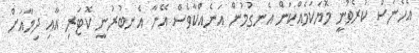
އެހެނަސް ކުރެވުނީ މޮޔަކަމެއްކަން އެނގުމުން އަނެއްކާވެސް އޭނާ އެނބުރުނީ ކޮޓަރި އާއި ދިމާއަށް